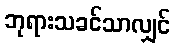
ဘုရားသခင်သာလျှင်